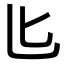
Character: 𪟨